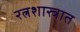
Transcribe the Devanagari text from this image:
रत्नशास्त्रात